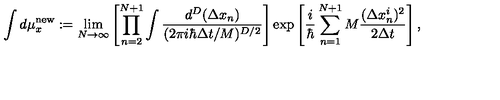
\int d \mu _ { x } ^ { \mathrm { n e w } } : = \lim _ { N \rightarrow \infty } \left[ \prod _ { n = 2 } ^ { N + 1 } \int \frac { d ^ { D } ( \Delta x _ { n } ) } { ( 2 \pi i \hbar \Delta t / M ) ^ { D / 2 } } \right] \exp \left[ \frac { i } { \hbar } \sum _ { n = 1 } ^ { N + 1 } M \frac { ( \Delta x _ { n } ^ { i } ) ^ { 2 } } { 2 \Delta t } \right] ,